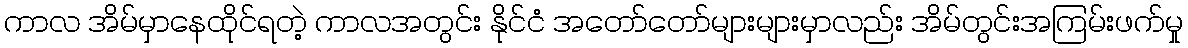
ကာလ အိမ်မှာနေထိုင်ရတဲ့ ကာလအတွင်း နိုင်ငံ အတော်တော်များများမှာလည်း အိမ်တွင်းအကြမ်းဖက်မှု